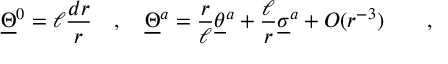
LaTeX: \underline { { { \Theta } } } ^ { 0 } = \ell { \frac { d r } { r } } \quad , \quad \underline { { { \Theta } } } ^ { a } = { \frac { r } { \ell } } \underline { { { \theta } } } ^ { a } + { \frac { \ell } { r } } \underline { { { \sigma } } } ^ { a } + O ( r ^ { - 3 } ) \qquad ,